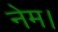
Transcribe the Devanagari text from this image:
नेम।